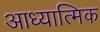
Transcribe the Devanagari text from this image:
आध्यात्‍मिक